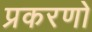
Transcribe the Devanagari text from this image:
प्रकरणो